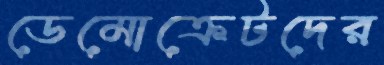
ডেমোক্রেটদের